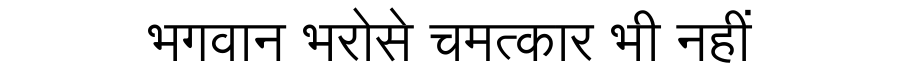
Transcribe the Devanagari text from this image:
भगवान भरोसे चमत्कार भी नहीं